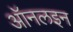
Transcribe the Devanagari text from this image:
ऑनलइन